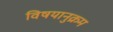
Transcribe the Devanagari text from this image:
विषयानुक्रम